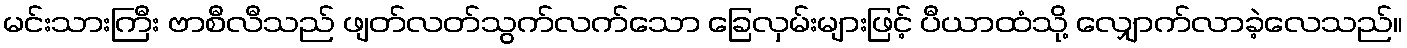
မင်းသားကြီး ဗာစီလီသည် ဖျတ်လတ်သွက်လက်သော ခြေလှမ်းများဖြင့် ပီယာထံသို့ လျှောက်လာခဲ့လေသည်။